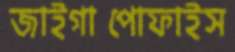
জাইগাপোফাইস